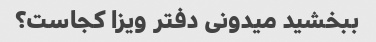
ببخشید میدونی دفتر ویزا کجاست؟